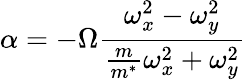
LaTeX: \alpha=-\Omega\frac{\omega_{x}^{2}-\omega_{y}^{2}}{\frac{m}{m^{*}}\omega_{x}^{2}+\omega_{y}^{2}}